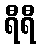
ရီရီ